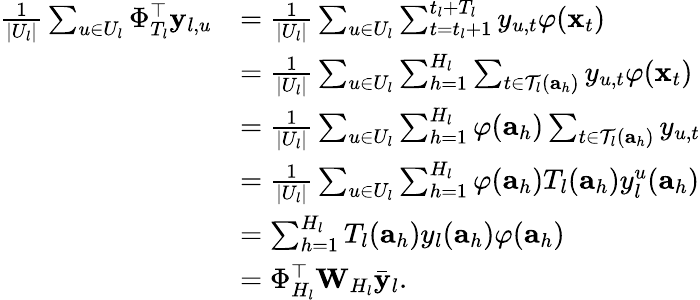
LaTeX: \begin{array}{rl}{\frac{1}{|U_{l}|}\sum_{u\in U_{l}}\Phi_{T_{l}}^{\top}\mathbf{y}_{l,u}}&{=\frac{1}{|U_{l}|}\sum_{u\in U_{l}}\sum_{t=t_{l}+1}^{t_{l}+T_{l}}y_{u,t}\varphi(\mathbf{x}_{t})}\\ &{=\frac{1}{|U_{l}|}\sum_{u\in U_{l}}\sum_{h=1}^{H_{l}}\sum_{t\in\mathcal{T}_{l}(\mathbf{a}_{h})}y_{u,t}\varphi(\mathbf{x}_{t})}\\ &{=\frac{1}{|U_{l}|}\sum_{u\in U_{l}}\sum_{h=1}^{H_{l}}\varphi(\mathbf{a}_{h})\sum_{t\in\mathcal{T}_{l}(\mathbf{a}_{h})}y_{u,t}}\\ &{=\frac{1}{|U_{l}|}\sum_{u\in U_{l}}\sum_{h=1}^{H_{l}}\varphi(\mathbf{a}_{h})T_{l}(\mathbf{a}_{h})y_{l}^{u}(\mathbf{a}_{h})}\\ &{=\sum_{h=1}^{H_{l}}T_{l}(\mathbf{a}_{h})y_{l}(\mathbf{a}_{h})\varphi(\mathbf{a}_{h})}\\ &{=\Phi_{H_{l}}^{\top}\mathbf{W}_{H_{l}}\bar{\mathbf{y}}_{l}.}\end{array}